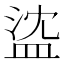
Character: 𥁭